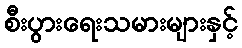
စီးပွားရေးသမားများနှင့်